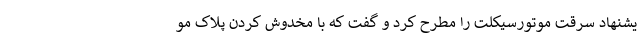
یشنهاد سرقت موتورسیکلت را مطرح کرد و گفت که با مخدوش کردن پلاک مو